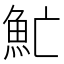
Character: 䰶